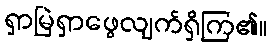
ရှာမြဲရှာဖွေလျက်ရှိကြ၏။